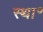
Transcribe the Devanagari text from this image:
स्था॰